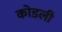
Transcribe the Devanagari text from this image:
कोडली